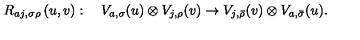
R _ { a j , \sigma \rho } \left( u , v \right) : \quad V _ { a , \sigma } ( u ) \otimes V _ { j , \rho } ( v ) \rightarrow V _ { j , \bar { \rho } } ( v ) \otimes V _ { a , \bar { \sigma } } ( u ) .